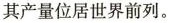
其产量位居世界前列。